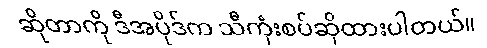
ဆိုတာကို ဒီအပိုဒ်က သီကုံးစပ်ဆိုထားပါတယ်။